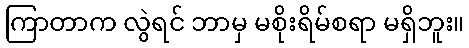
ကြာတာက လွဲရင် ဘာမှ မစိုးရိမ်စရာ မရှိဘူး။